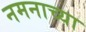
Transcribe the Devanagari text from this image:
नमनाच्या